Scottish Certificate of Education, 1963
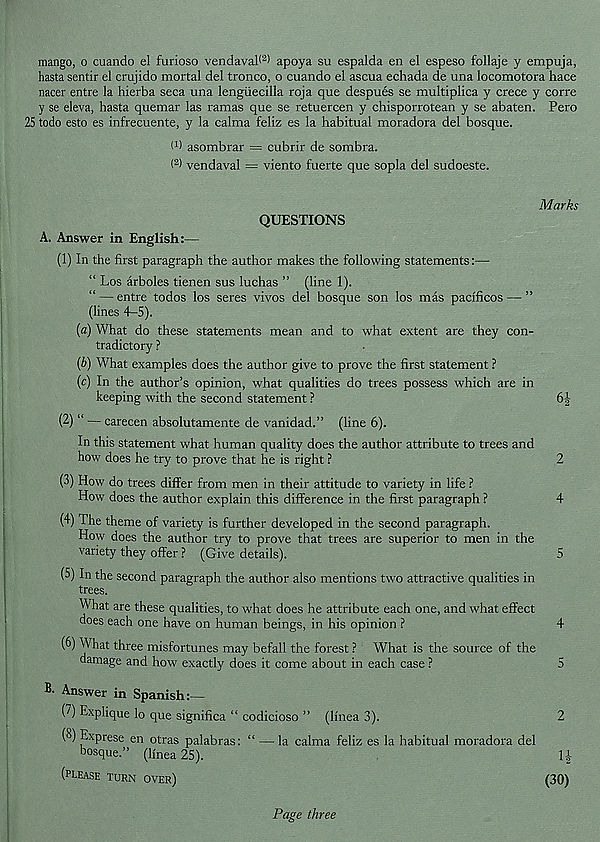
mango, o cuando el furioso vendaval< 2 ) apoya su espalda en el espeso follaje y empuja,
hasta sentir el crujido mortal del tronco, o cuando el ascua echada de una locomotora hace
nacer entre la hierba seca una lengiiecilla roja que despues se multiplica y crece y corre
y se eleva, hasta quemar las ramas que se retuercen y chisporrotean y se abaten. Pero
25 todo esto es infrecuente, y la calma feliz es la habitual moradora del bosque.
I 1 ) asombrar = cubrir de sombra.
< 2 ) vendaval = viento fuerte que sopla del sudoeste.
A. Answer in English:—
QUESTIONS
(1) In the first paragraph the author makes the following statements:-
Marks
“ Los arboles tienen sus luchas ” (line 1).
“ — entre todos los seres vivos del bosque son los mas pacificos — ”
(lines 4-5).
(а) What do these statements mean and to what extent are they con-
tradictory ?
(б) What examples does the author give to prove the first statement ?
(c) In the author’s opinion, what qualities do trees possess which are in
keeping with the second statement ?
6|
(2) “ — carecen absolutamente de vanidad.” (line 6).
In this statement what human quality does the author attribute to trees and
how does he try to prove that he is right ?
2
(3) How do trees differ from men in their attitude to variety in life ?
How does the author explain this difference in the first paragraph ?
4
(4) The theme of variety is further developed in the second paragraph.
How does the author try to prove that trees are superior to men in the
variety they offer ? (Give details).
5
(5) In the second paragraph the author also mentions two attractive qualities in
trees.
What are these qualities, to what does he attribute each one, and what effect
does each one have on human beings, in his opinion ?
4
(6) What three misfortunes may befall the forest ? What is the source of the
damage and how exactly does it come about in each case ?
5
B. Answer in Spanish:—
(7) Explique lo que significa “ codicioso ” (linea 3).
2
(3) Exprese en otras palabras: “ — la calma feliz es la habitual moradora del
bosque.” (linea 25).
l-t
(please turn over)
(30)
Page three